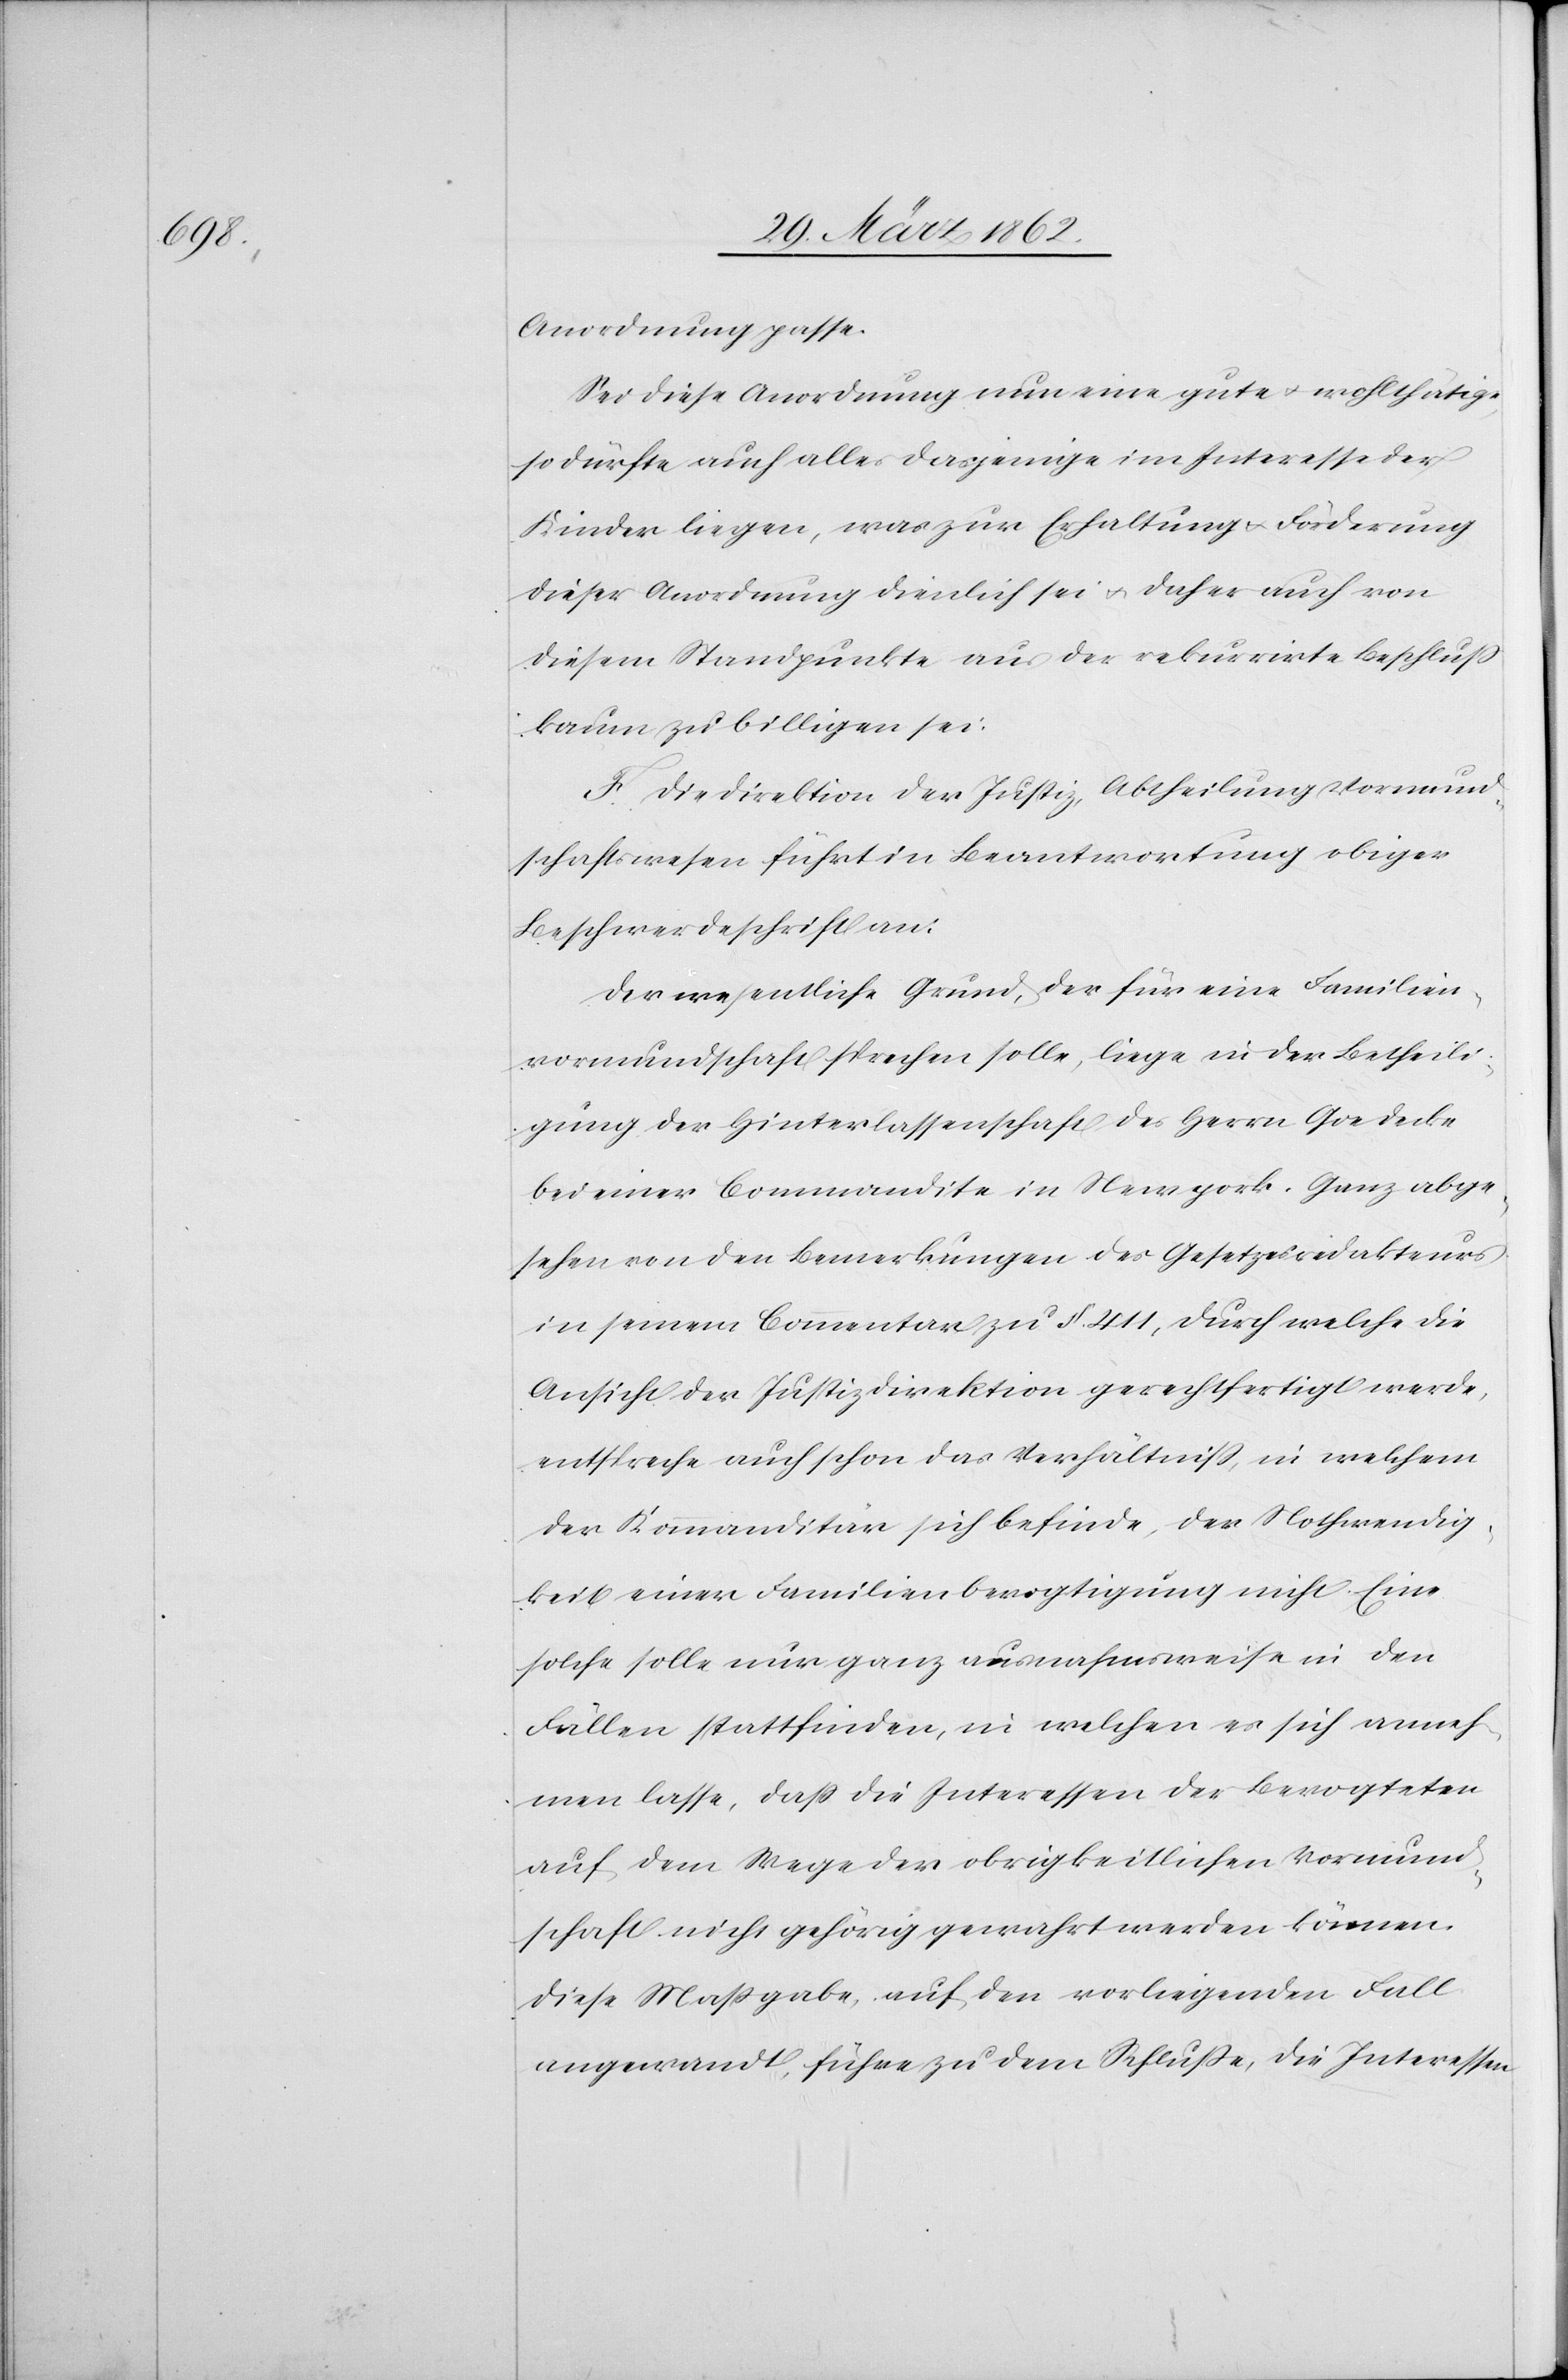
Anordnung passe.
Sei diese Anordnung nun eine gute u. wohlthätige,
so dürfte auch alles dasjenige im Interesse der
Kinder liegen, was zur Erhaltung u. Förderung
dieser Anordnung dienlich sei u. daher auch von
diesem Standpunkte aus der rekurrirte Beschluß
kaum zu billigen sei.
F. Die Direktion der Justiz, Abtheilung Vormund¬
schaftswesen führt in Beantwortung obiger
Beschwerdeschrift an:
Der wesentliche Grund, der für eine Familien¬
vormundschaft sprechen solle, liege in der Betheili¬
gung der Hinterlassenschaft des Herrn Goedecke
bei einer Commandite in Newyork. Ganz abge¬
sehen von den Bemerkungen des Gesetzesredakteurs
in seinem Commentar zu §. 411, durch welche die
Ansicht der Justizdirektion gerechtfertigt werde,
enstpreche auch schon das Verhältniß, in welchem
der Kommanditär sich befinde, der Nothwendig¬
keit einer Familienbevogtigung nicht. Eine
solche solle nur ganz ausnahmsweise in den
Fällen stattfinden, in welchen es sich anneh¬
men lasse, daß die Interessen der Bevogteten
auf dem Wege der obrigkeitlichen Vormund¬
schaft nicht gehörig gewahrt werden können.
Diese Maßgabe, auf den vorliegenden Fall
angewandt, führe zu dem Schluße, die Interessen